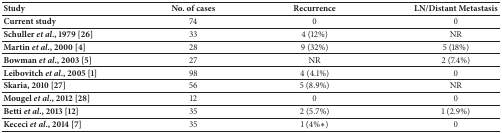
| Study | No. of cases | Recurrence | LN/Distant Metastasis |
 | --- | --- | --- | --- |
 | Current study | 74 | 0 | 0 |
 | Schuller et al., 1979 [26] | 33 | 4 (12%) | NR |
 | Martin et al., 2000 [4] | 28 | 9 (32%) | 5 (18%) |
 | Bowman et al., 2003 [5] | 27 | NR | 2 (7.4%) |
 | Leibovitch et al., 2005 [1] | 98 | 4 (4.1%) | 0 |
 | Skaria, 2010 [27] | 56 | 5 (8.9%) | NR |
 | Mougel et al., 2012 [28] | 12 | 0 | 0 |
 | Betti et al., 2013 [12] | 35 | 2 (5.7%) | 1 (2.9%) |
 | Kececi et al., 2014 [7] | 35 | 1 (4%∗) | 0 |